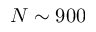
N \sim 9 0 0